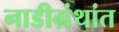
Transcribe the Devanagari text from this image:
नाडीग्रंथांत